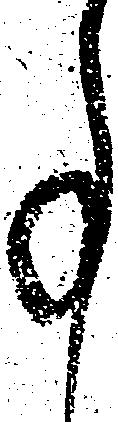
事